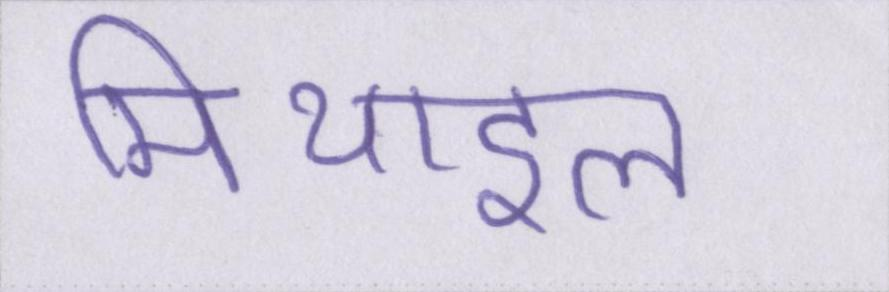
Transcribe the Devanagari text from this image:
मिथाइल